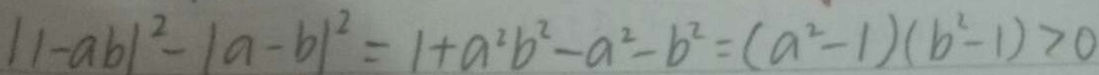
\vert \vert - a b \vert ^ { 2 } - \vert a - b \vert ^ { 2 } = 1 + a ^ { 2 } b ^ { 2 } - a ^ { 2 } - b ^ { 2 } = ( a ^ { 2 } - 1 ) ( b ^ { 2 } - 1 ) > 0